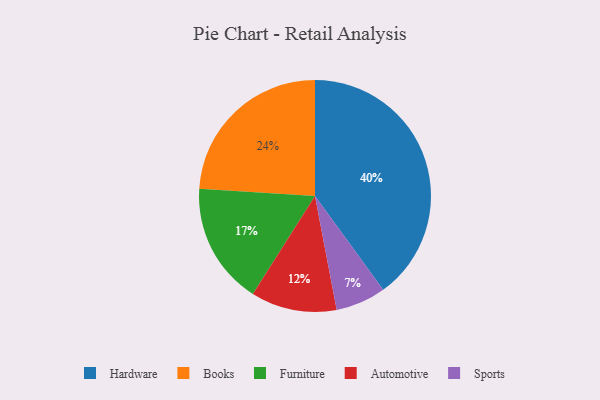
{"axis": {"x": "Category", "y": "Percentage"}, "legend": ["Automotive", "Books", "Furniture", "Hardware", "Sports"], "data": [{"x": "Automotive", "y": 12, "type": "Automotive"}, {"x": "Sports", "y": 7, "type": "Sports"}, {"x": "Books", "y": 24, "type": "Books"}, {"x": "Furniture", "y": 17, "type": "Furniture"}, {"x": "Hardware", "y": 40, "type": "Hardware"}]}